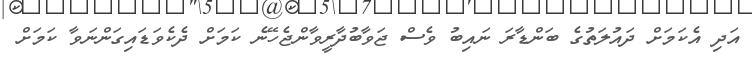
އަދި އެކަމަށް ދައުލަތުގެ ބަންޑާރަ ނައިބު ވެސް ޖަވާބުދާރީވާންޖެހޭނެ ކަމަށް ދެކެވަޑައިގަންނަވާ ކަމަށް